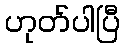
ဟုတ်ပါပြီ